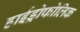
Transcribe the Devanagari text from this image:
हाईड्रोफोलिक